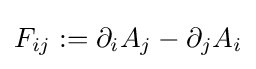
F_{ij}:=\partial _{i}A_{j}-\partial _{j}A_{i}